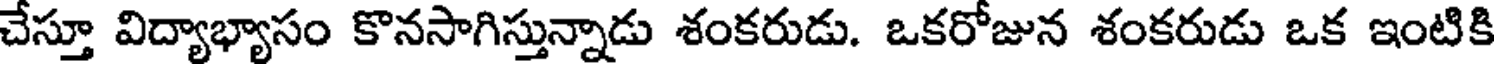
చేస్తూ విద్యాభ్యాసం కొనసాగిస్తున్నాడు శంకరుడు. ఒకరోజున శంకరుడు ఒక ఇంటికి